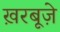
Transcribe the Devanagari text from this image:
ख़रबूज़े